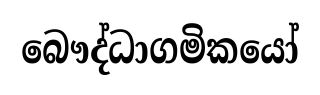
බෞද්ධාගමිකයෝ